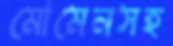
মোমেনসহ